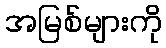
အမြစ်များကို